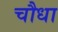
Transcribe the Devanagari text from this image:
चौधा